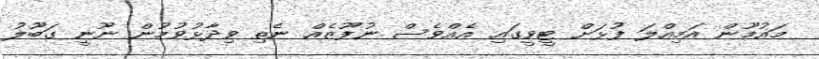
މައުމޫން އަމިއްލަ ފުޅަށް ޓީވީގައި އެއްވެސް ނުފޫޒެއް ނެތި ވިދާޅުވުމުން ނޫނީ ގަބޫލު